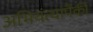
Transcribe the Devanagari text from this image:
अभियंत्यांपैकी